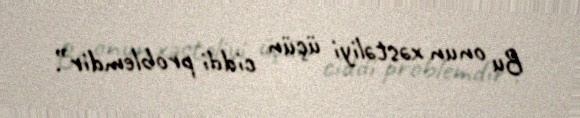
Bu onun xəstəliyi üçün ciddi problemdir”.